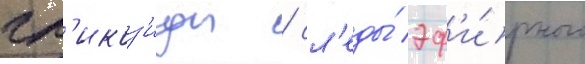
гл'икоз'иды / сл'еды́ эф'и́рного